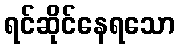
ရင်ဆိုင်နေရသော